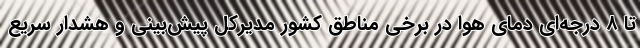
تا ۸ درجه‌ای دمای هوا در برخی مناطق کشور مدیرکل پیش‌بینی و هشدار سریع